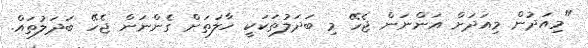
"މިއަދުން މިއަދަށް އަންނަން ޖެހޭ މި ބަދަލުތަކަކީ ހާލަތަށް ގެންނަން ޖެހޭ ބަދަލުތައް.